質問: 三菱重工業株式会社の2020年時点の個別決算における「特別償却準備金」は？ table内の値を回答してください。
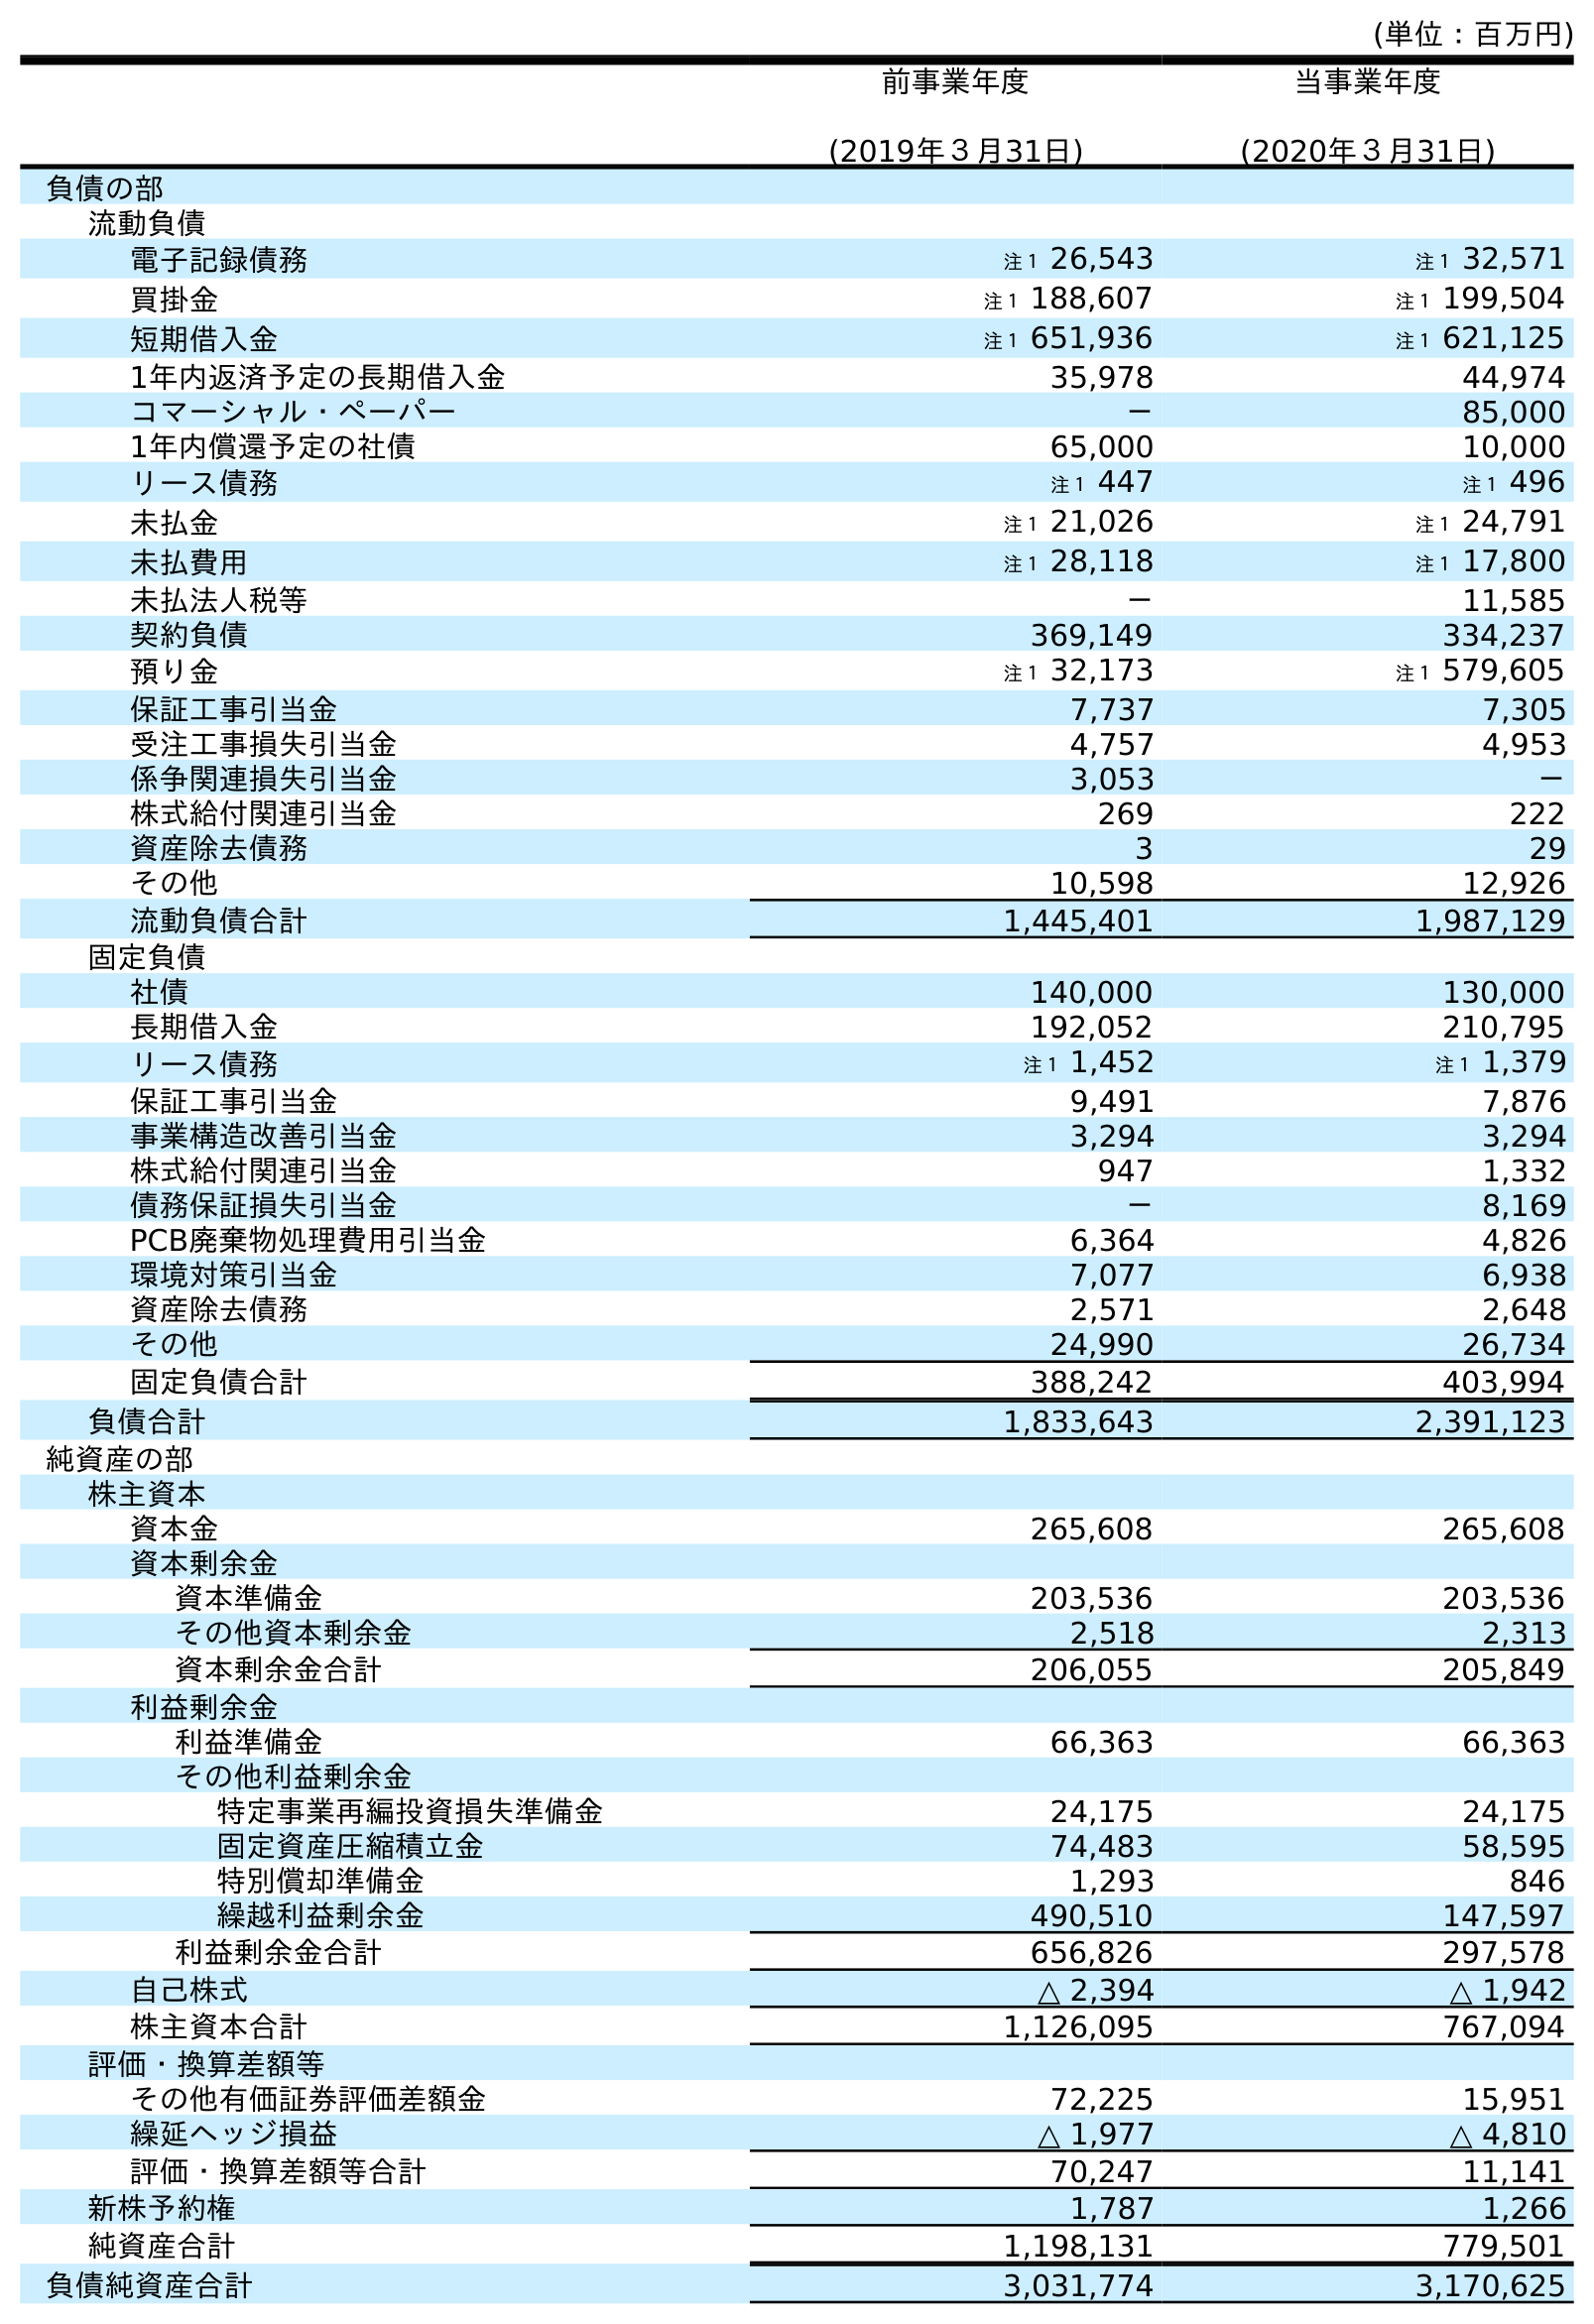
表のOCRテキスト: (単位：百万円) 前事業年度 (2019年３月31日) 当事業年度 (2020年３月31日) 負債の部 流動負債 電子記録債務 注１ 26,543 注１ 32,571 買掛金 注１ 188,607 注１ 199,504 短期借入金 注１ 651,936 注１ 621,125 1年内返済予定の長期借入金 35,978 44,974 コマーシャル・ペーパー － 85,000 1年内償還予定の社債 65,000 10,000 リース債務 注１ 447 注１ 496 未払金 注１ 21,026 注１ 24,791 未払費用 注１ 28,118 注１ 17,800 未払法人税等 － 11,585 契約負債 369,149 334,237 預り金 注１ 32,173 注１ 579,605 保証工事引当金 7,737 7,305 受注工事損失引当金 4,757 4,953 係争関連損失引当金 3,053 － 株式給付関連引当金 269 222 資産除去債務 3 29 その他 10,598 12,926 流動負債合計 1,445,401 1,987,129 固定負債 社債 140,000 130,000 長期借入金 192,052 210,795 リース債務 注１ 1,452 注１ 1,379 保証工事引当金 9,491 7,876 事業構造改善引当金 3,294 3,294 株式給付関連引当金 947 1,332 債務保証損失引当金 － 8,169 PCB廃棄物処理費用引当金 6,364 4,826 環境対策引当金 7,077 6,938 資産除去債務 2,571 2,648 その他 24,990 26,734 固定負債合計 388,242 403,994 負債合計 1,833,643 2,391,123 純資産の部 株主資本 資本金 265,608 265,608 資本剰余金 資本準備金 203,536 203,536 その他資本剰余金 2,518 2,313 資本剰余金合計 206,055 205,849 利益剰余金 利益準備金 66,363 66,363 その他利益剰余金 特定事業再編投資損失準備金 24,175 24,175 固定資産圧縮積立金 74,483 58,595 特別償却準備金 1,293 846 繰越利益剰余金 490,510 147,597 利益剰余金合計 656,826 297,578 自己株式 △ 2,394 △ 1,942 株主資本合計 1,126,095 767,094 評価・換算差額等 その他有価証券評価差額金 72,225 15,951 繰延ヘッジ損益 △ 1,977 △ 4,810 評価・換算差額等合計 70,247 11,141 新株予約権 1,787 1,266 純資産合計 1,198,131 779,501 負債純資産合計 3,031,774 3,170,625
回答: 846